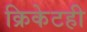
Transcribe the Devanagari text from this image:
क्रिकेटही